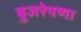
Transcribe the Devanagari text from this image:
बुजरेपणा